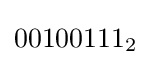
00100111_{2}